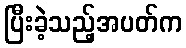
ပြီးခဲ့သည့်အပတ်က